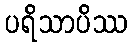
ပရိသာပိဿ